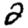
Digit: 2